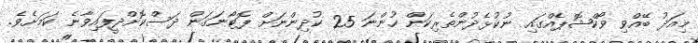
މިއަދު ބޭއްވި ވޯކްޝޮޕެއްގައި ނުކުޅެދުންތެރިކަން ހުންނަ 25 ކުދިންނަށް ފޮޓޯނަގަން ދަސްކޮށްދީފައިވާނެ ކަމަށެވެ.